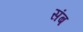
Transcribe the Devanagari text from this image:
संब